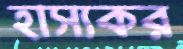
হাস্যকর